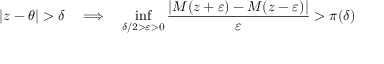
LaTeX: | z - \theta | > \delta \quad \Longrightarrow \quad \operatorname* { i n f } _ { \delta / 2 > \varepsilon > 0 } { \frac { | M ( z + \varepsilon ) - M ( z - \varepsilon ) | } { \varepsilon } } > \pi ( \delta )